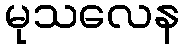
မုသလေန